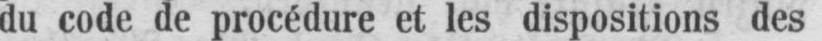
du code de procédure et les dispositions des